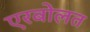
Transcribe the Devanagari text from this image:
एरबोलत